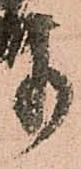
奉